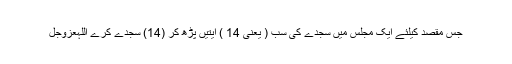
جس مقصد کیلئے ایک مجلس میں سَجدے کی سب ( یعنی 14 ) آیتیں پڑھ کر (14) سَجدے کرے اللّٰہعَزَّوَجَلَّ